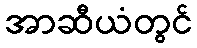
အာဆီယံတွင်